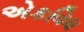
એકવિધ